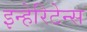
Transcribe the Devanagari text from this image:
इन्हेरिटेन्स